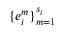
\{ e _ { i } ^ { m } \} _ { m = 1 } ^ { s _ { i } }